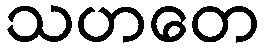
သဟတေ